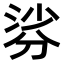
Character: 𭃹